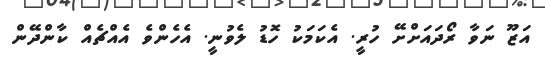
އަޒޫ ނަވާ ރޯދައަށްށޭ ހުރީ. އެކަމަކު ހޮޑު ލެވުނީ. އެހެންވެ އެއްޗެއް ކާންދޭން